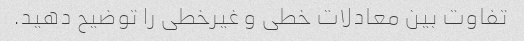
تفاوت بین معادلات خطی و غیرخطی را توضیح دهید.